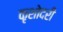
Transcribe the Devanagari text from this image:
कृशोदरी